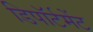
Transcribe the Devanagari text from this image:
डिपॉर्टमेंट